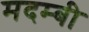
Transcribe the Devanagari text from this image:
मदम्बी